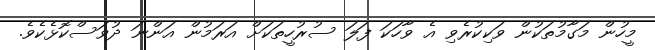
މީހުން މަގާމުތަކުން ވަކިކުރެވި އެ ވާހަކަ ފަލަ ސުރުހީތަކަށް އަރަމުން އަންނަ ދުވަސްކޮޅެކެވެ.